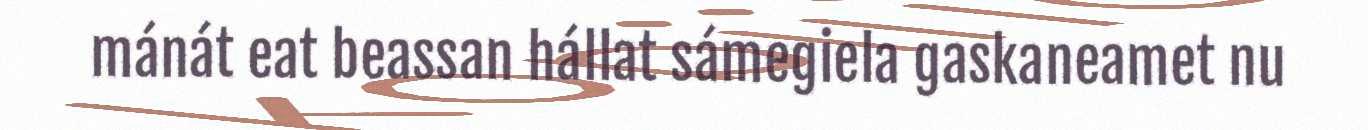
mánát eat beassan hállat sámegiela gaskaneamet nu